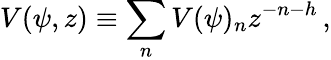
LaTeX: V(\psi,z)\equiv\sum_{n}V(\psi)_{n}z^{-n-h}\, ,